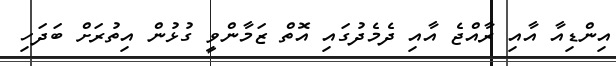
އިންޑިއާ އާއި ރާއްޖެ އާއި ދެމެދުގައި އޮތް ޒަމާންވީ ގުޅުން އިތުރަށް ބަދަހި